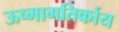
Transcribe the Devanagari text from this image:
ऊष्मागतिर्काय